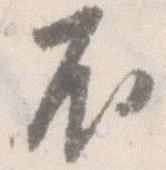
不